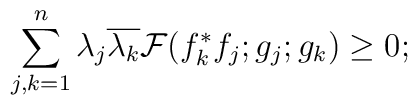
\sum_{j,k=1}^n\lambda_j\overline{\lambda_k}{\cal F}(f_k^*f_j;g_j;g_k)\ge 0;